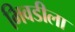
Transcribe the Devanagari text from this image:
भिवडीला